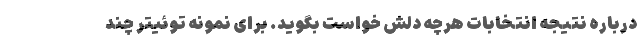
درباره نتیجه انتخابات هرچه دلش خواست بگوید. برای نمونه توئیتر چند